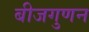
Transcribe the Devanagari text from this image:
बीजगुणन